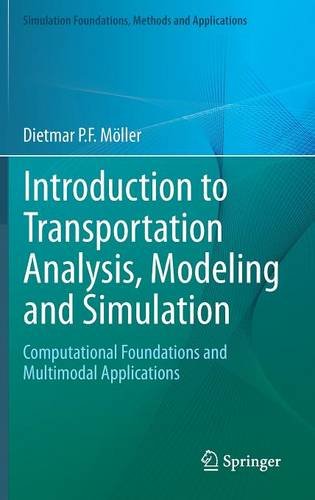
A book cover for Introduction to Transportation Analysis, Modeling and Simulation: Computational Foundations and Multimodal Applications (Simulation Foundations, Methods and Applications); Dietmar P.F. MÃ¶ller; Computers & Technology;